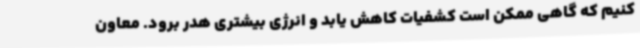
کنیم که گاهی ممکن است کشفیات کاهش ‌یابد و انرژی بیشتری هدر برود. معاون